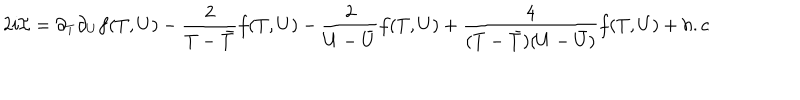
LaTeX: 2 i { \cal I } = \partial _ { T } \partial _ { U } f ( T , U ) - \frac { 2 } { T - { \bar { T } } } f ( T , U ) - \frac { 2 } { U - { \bar { U } } } f ( T , U ) + \frac { 4 } { ( T - { \bar { T } } ) ( U - { \bar { U } } ) } f ( T , U ) + h . c